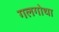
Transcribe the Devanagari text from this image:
गलगोथा